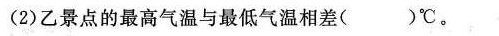
(2)乙景点的最高气温与最低气温相差()℃。